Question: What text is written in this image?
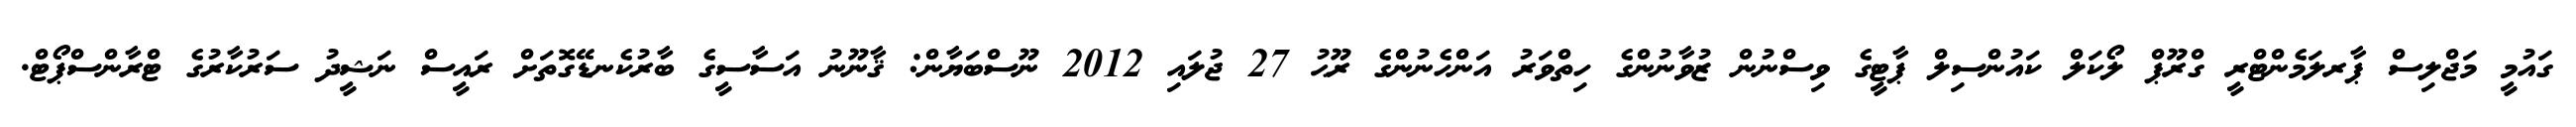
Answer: ގައުމީ މަޖްލިސް ޕާރލަމެންޓްރީ ގްރޫޕް ލޯކަލް ކައުންސިލް ޕާޓީގެ ވިސްނުން ޒުވާނުންގެ ހިތްވަރު އަންހެނުންގެ ރޫޙު 27 ޖުލައި 2012 ނޫސްބަޔާން: ޤާނޫނު އަސާސީގެ ބާރުކެނޑޭގޮތަށް ރައީސް ނަޝީދު ސަރުކާރުގެ ޓްރާންސްޕޯޓް.